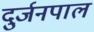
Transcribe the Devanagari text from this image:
दुर्जनपाल